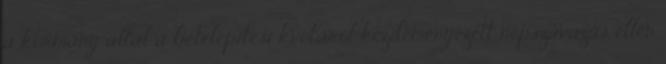
a kormány által a betelepítési kvótáról kezdeményezett népszavazás ellen